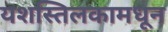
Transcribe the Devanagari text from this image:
यशस्तिलकामधून